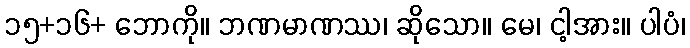
၁၅+၁၆+ ဘောကို။ ဘဏမာဏဿ၊ ဆိုသော။ မေ၊ ငါ့အား။ ပါပံ၊